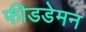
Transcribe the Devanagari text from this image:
फीडडेमन